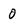
Character: 0